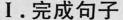
1.完成句子